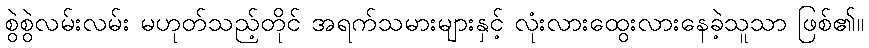
စွဲစွဲလမ်းလမ်း မဟုတ်သည့်တိုင် အရက်သမားများနှင့် လုံးလားထွေးလားနေခဲ့သူသာ ဖြစ်၏။